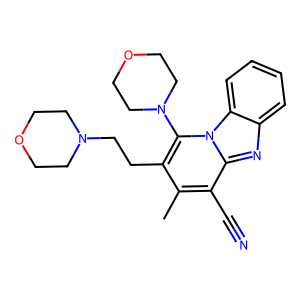
SMILES: Cc1c(CCN2CCOCC2)c(N2CCOCC2)n2c(nc3ccccc32)c1C#N
Inhibits HIV replication: No